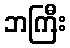
ဘကြီး